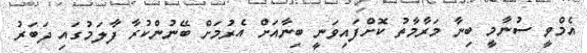
އެމްވީ ސުނާމީ ބިނާ މަރާމާތު ކޮށްފައިވަނީ ބިނާއަށް އެރުމަށް ބޭނުންކުރާ ފާލަމުގައި ދަބަރު